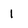
Character: 1